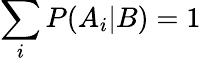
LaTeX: \sum_{i}{P(A_{i}|B)}=1